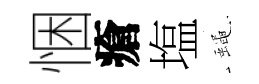
悃瘡塩蠅